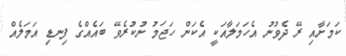
ކަމަށާއި ރޭ ދެވުނު އެހަމަލާއަކީ އެކަން ހަޖަމު ނުކުރެވޭ ބައެއްގެ ފިނޑި އަމަލެއް